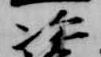
次